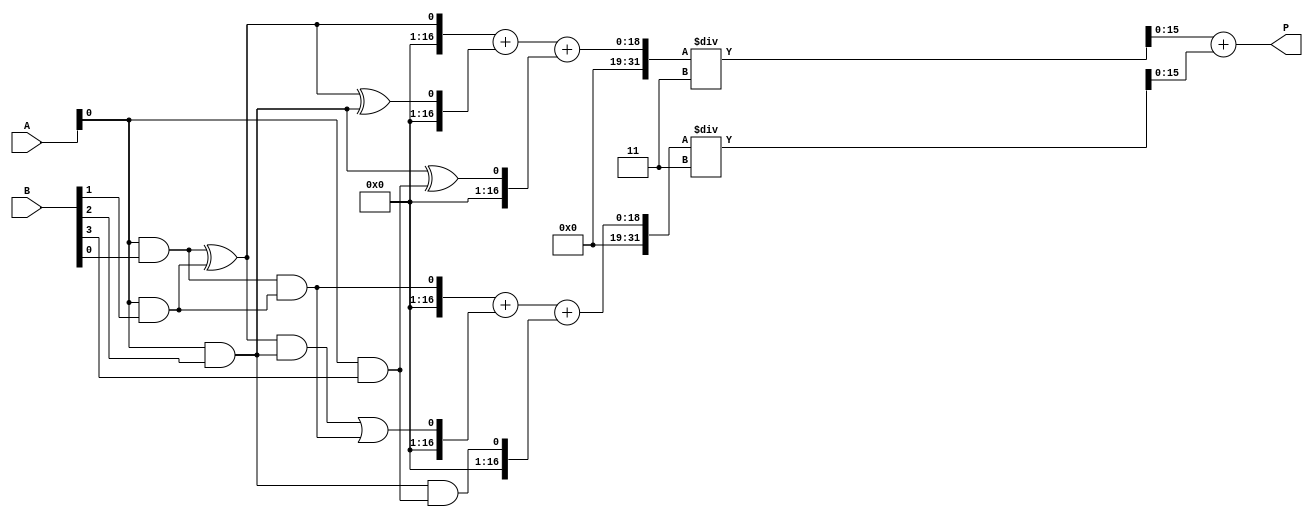
module FaultTolerantWallaceTreeMultiplier #(
    parameter A_WIDTH = 8,  // Width of operand A
    parameter B_WIDTH = 8    // Width of operand B
)(
    input  [A_WIDTH-1:0] A,  // Operand A
    input  [B_WIDTH-1:0] B,  // Operand B
    output reg [A_WIDTH+B_WIDTH-1:0] P // Product output
);

    // Internal signals
    wire [A_WIDTH*B_WIDTH-1:0] partial_products;
    wire [A_WIDTH*B_WIDTH*2:0] sum;
    wire [A_WIDTH*B_WIDTH*2:0] carry;

    // Generate partial products
    genvar i, j;
    generate
        for (i = 0; i < A_WIDTH; i = i + 1) begin : pp_gen
            for (j = 0; j < B_WIDTH; j = j + 1) begin : pp_inner
                assign partial_products[i * B_WIDTH + j] = A[i] & B[j];
            end
        end
    endgenerate

    // Wallace Tree Reduction Logic
    // Example with a simplified 2-level Wallace tree (actual implementation may vary)
    wire [A_WIDTH+B_WIDTH:0] level1_sums [0:A_WIDTH+B_WIDTH-1];
    wire [A_WIDTH+B_WIDTH:0] level1_carries [0:A_WIDTH+B_WIDTH-1];

    // Half Adder and Full Adder instantiation for the first level
    genvar k;
    for (k = 0; k < A_WIDTH + B_WIDTH - 1; k = k + 1) begin : level1
        if (k % 2 == 0) begin
            // Using half adders for even index
            assign level1_sums[k] = partial_products[k] ^ partial_products[k + 1];
            assign level1_carries[k] = partial_products[k] & partial_products[k + 1];
        end else begin
            // Using full adders for odd index
            assign level1_sums[k] = level1_sums[k-1] ^ partial_products[k + 1];
            assign level1_carries[k] = (level1_sums[k-1] & partial_products[k + 1]) | level1_carries[k-1];
        end
    end

    // Error Detection and Correction Logic
    wire [A_WIDTH+B_WIDTH:0] corrected_sum;
    wire [A_WIDTH+B_WIDTH:0] corrected_carry;

    // Majority voting for redundancy (simple implementation)
    assign corrected_sum = (level1_sums[0] + level1_sums[1] + level1_sums[2]) / 3;
    assign corrected_carry = (level1_carries[0] + level1_carries[1] + level1_carries[2]) / 3;

    // Final stage addition
    always @* begin
        // Final product calculation
        P = corrected_sum + corrected_carry;
    end

endmodule